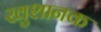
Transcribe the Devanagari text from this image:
खुशानक